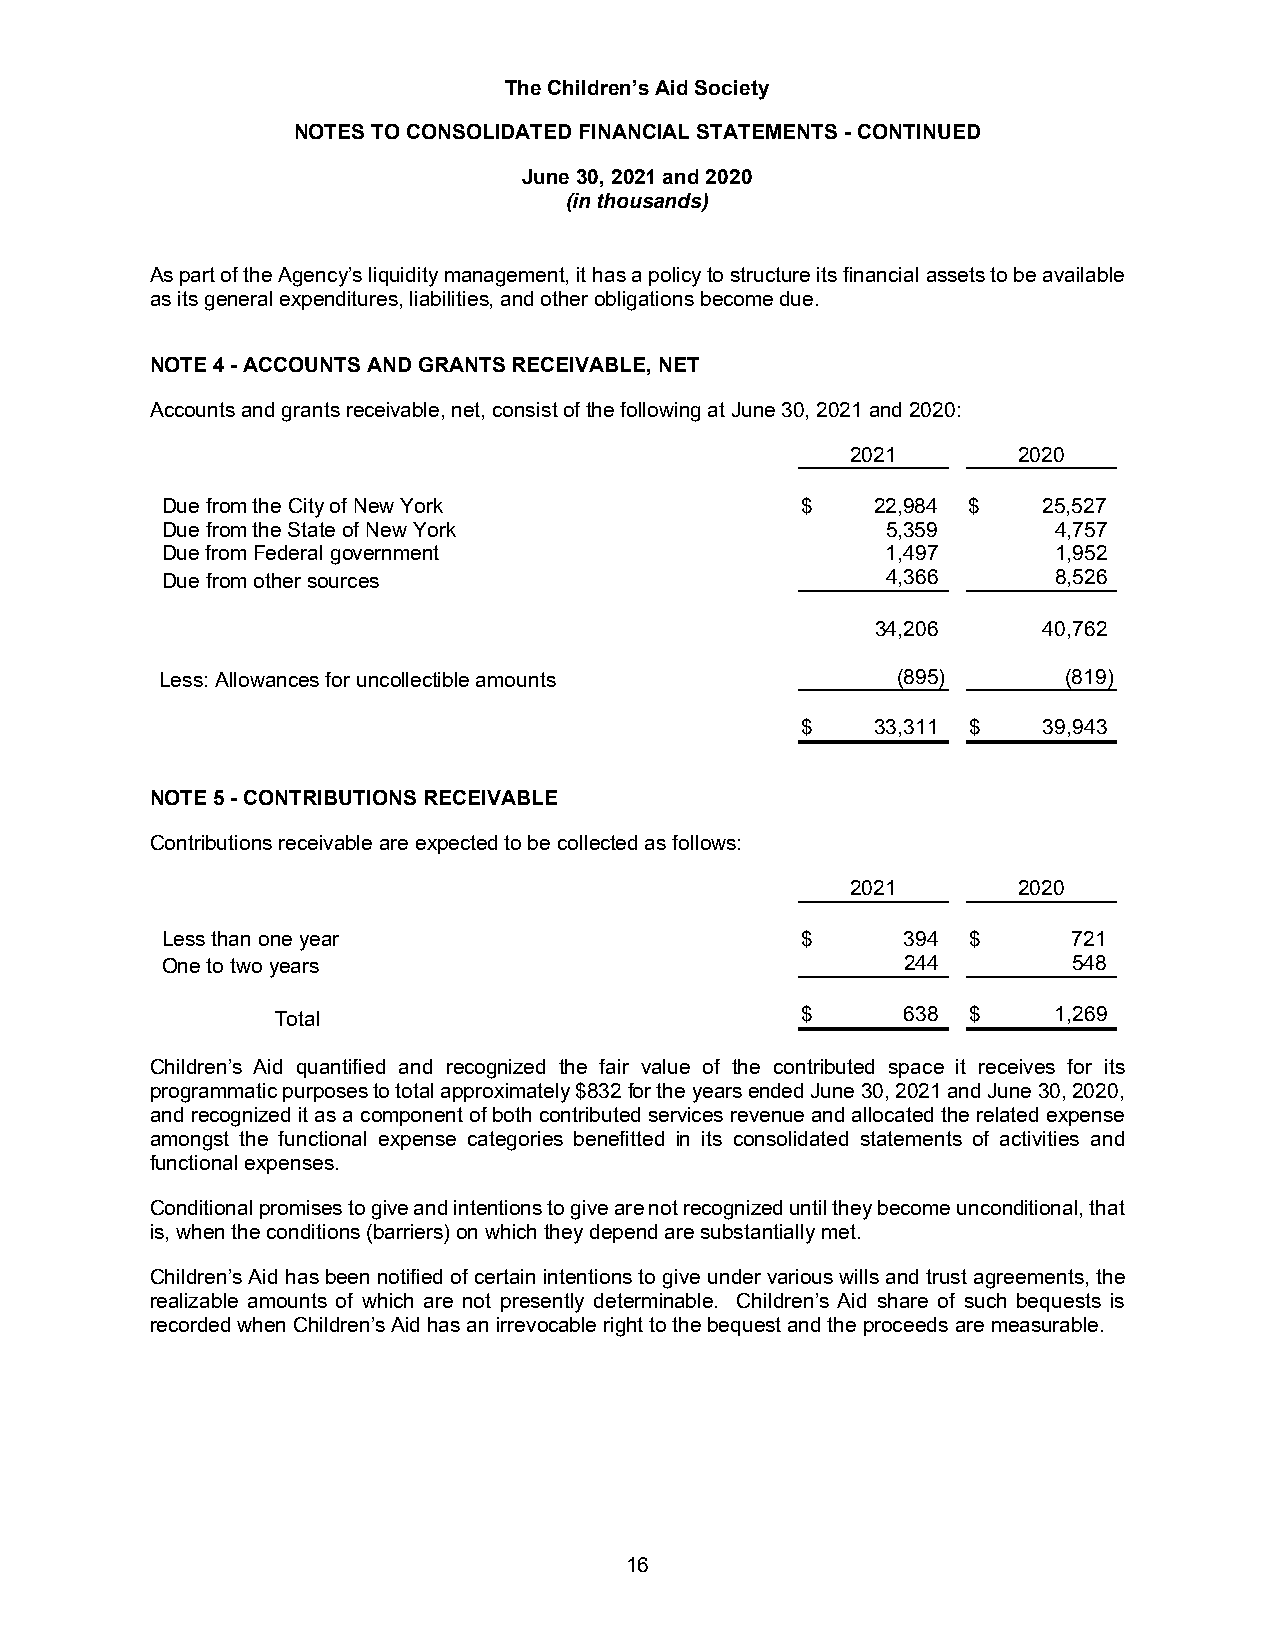
The Children’s Aid Society
 NOTES TO CONSOLIDATED FINANCIAL STATEMENTS - CONTINUED
 June 30, 2021 and 2020
 (in thousands)
 As part of the Agency’s liquidity management, it has a policy to structure its financial assets to be available
 as its general expenditures, liabilities, and other obligations become due.
 NOTE 4 - ACCOUNTS AND GRANTS RECEIVABLE, NET
 Accounts and grants receivable, net, consist of the following at June 30, 2021 and 2020:
 2021       2020
 Due from the City of New York             $    22,984 $   25,527
 Due from the State of New York                  5,359      4,757
 Due from Federal government                     1,497      1,952
 Due from other sources                          4,366      8,526
 34,206     40,762
 Less: Allowances for uncollectible amounts      (895)       (819)
 $    33,311 $   39,943
 NOTE 5 - CONTRIBUTIONS RECEIVABLE
 Contributions receivable are expected to be collected as follows:
 2021       2020
 Less than one year                        $      394 $      721
 One to two years                                 244        548
 Total                              $      638 $     1,269
 Children’s Aid quantified and recognized the fair value of the contributed space it receives for its
 programmatic purposes to total approximately $832 for the years ended June 30, 2021 and June 30, 2020,
 and recognized it as a component of both contributed services revenue and allocated the related expense
 amongst the functional expense categories benefitted in its consolidated statements of activities and
 functional expenses.
 Conditional promises to give and intentions to give are not recognized until they become unconditional, that
 is, when the conditions (barriers) on which they depend are substantially met.
 Children’s Aid has been notified of certain intentions to give under various wills and trust agreements, the
 realizable amounts of which are not presently determinable. Children’s Aid share of such bequests is
 recorded when Children’s Aid has an irrevocable right to the bequest and the proceeds are measurable.
 16